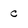
Character: c